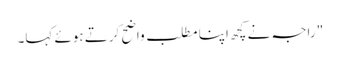
" راجہ نے کچھ اپنا مطلب واضح کرتے ہوئے کہا۔